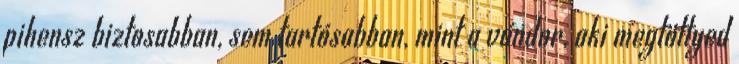
pihensz biztosabban, sem tartósabban, mint a vándor, aki megtöttyed